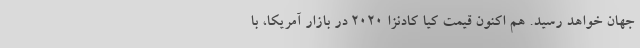
جهان خواهد رسید. هم اکنون قیمت کیا کادنزا 2020 در بازار آمریکا، با